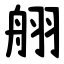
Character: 䎇